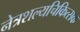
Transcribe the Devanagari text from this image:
नेत्रशल्यचिकित्सक